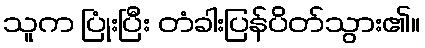
သူက ပြုံးပြီး တံခါးပြန်ပိတ်သွား၏။